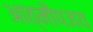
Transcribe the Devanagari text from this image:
आत्मौपजय